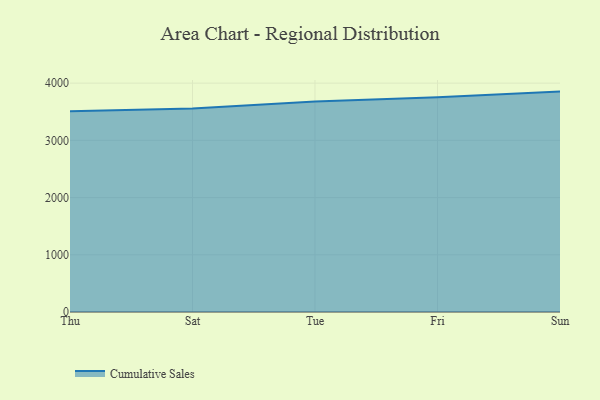
{"axis": {"x": "Day", "y": "Net Income (USD K)"}, "legend": ["Cumulative Sales"], "data": [{"x": "Thu", "y": 3509.9, "type": "Cumulative Sales"}, {"x": "Sat", "y": 3555.6, "type": "Cumulative Sales"}, {"x": "Tue", "y": 3678.9, "type": "Cumulative Sales"}, {"x": "Fri", "y": 3753.0, "type": "Cumulative Sales"}, {"x": "Sun", "y": 3852.1, "type": "Cumulative Sales"}]}